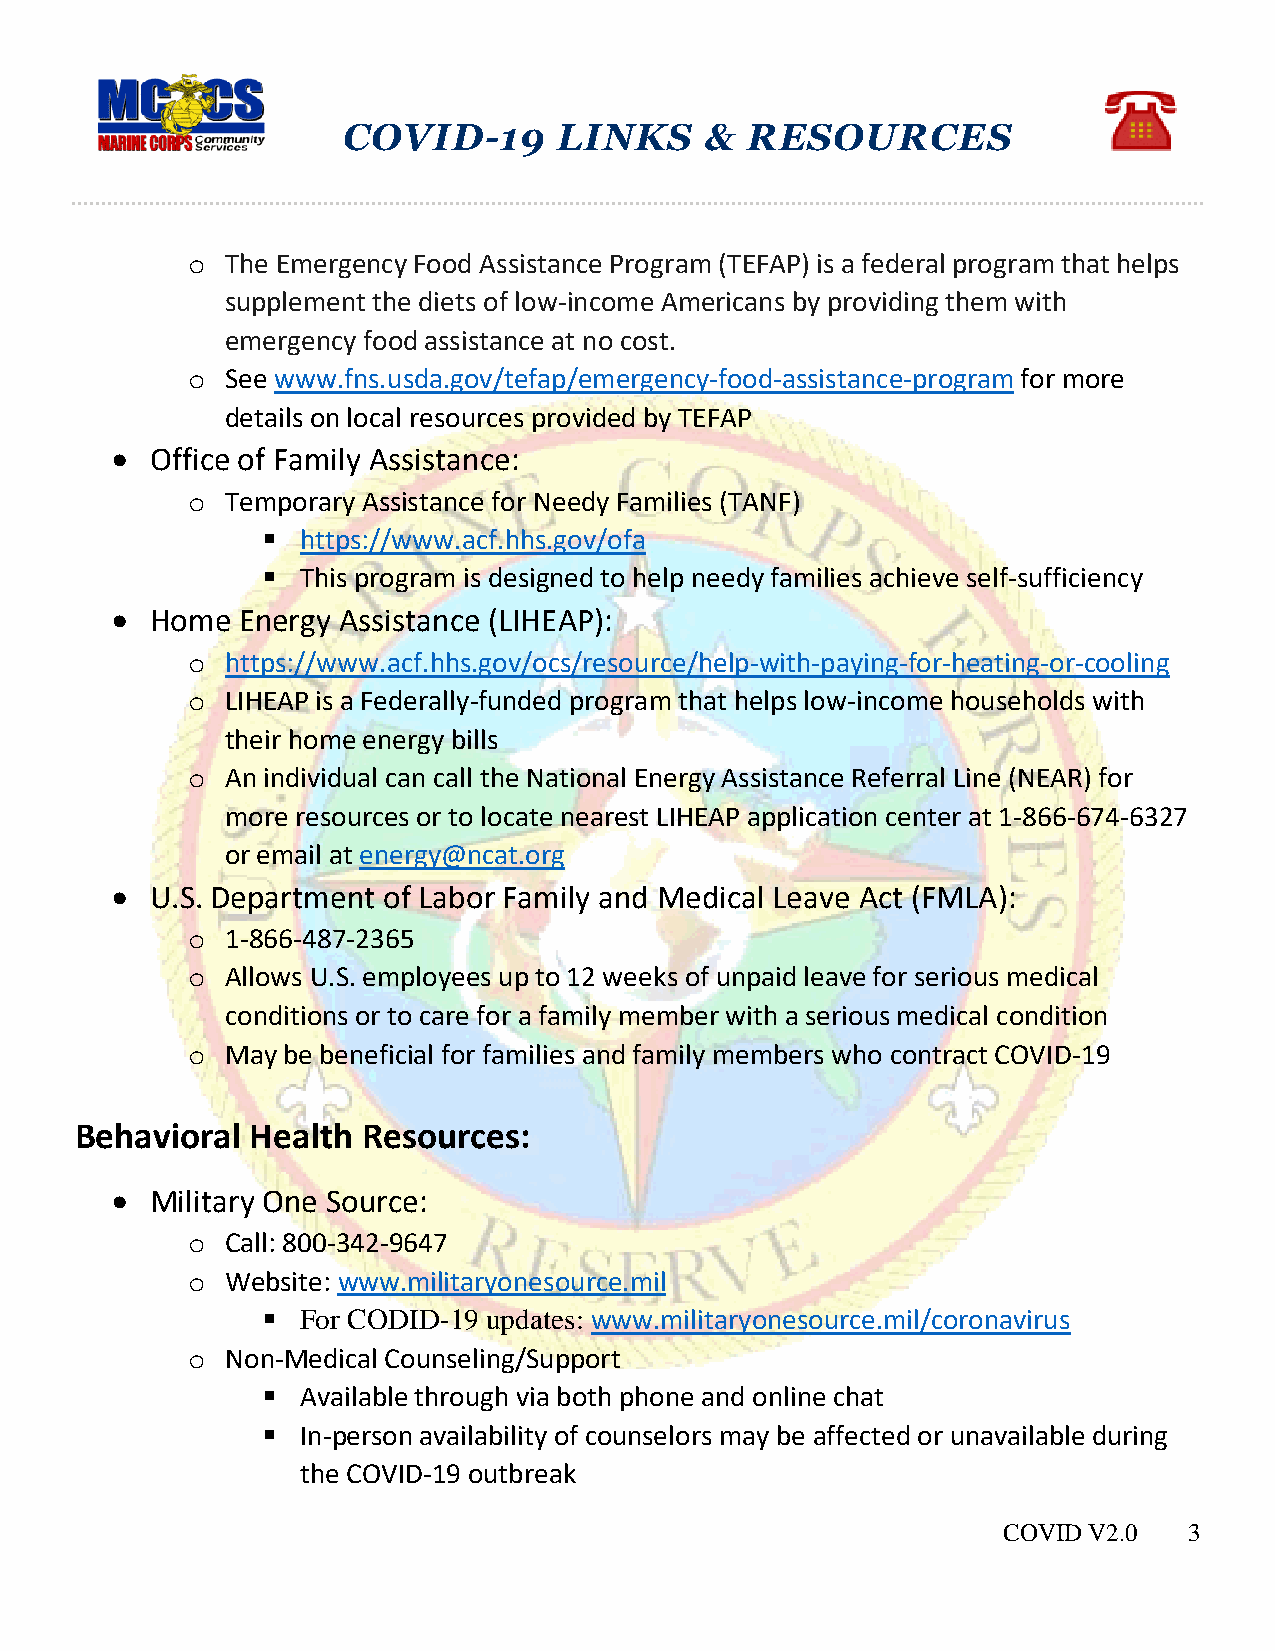
COVID-19      LINKS     & RESOURCES
 o  The Emergency Food Assistance Program (TEFAP) is a federal program that helps
 supplement the diets of low-income Americans by providing them with
 emergency food assistance at no cost.
 o  See www.fns.usda.gov/tefap/emergency-food-assistance-program for more
 details on local resources provided by TEFAP
   Office of Family Assistance:
 o  Temporary Assistance for Needy Families (TANF)
   https://www.acf.hhs.gov/ofa
   This program is designed to help needy families achieve self-sufficiency
   Home  Energy Assistance (LIHEAP):
 o  https://www.acf.hhs.gov/ocs/resource/help-with-paying-for-heating-or-cooling
 o  LIHEAP is a Federally-funded program that helps low-income households with
 their home energy bills
 o  An individual can call the National Energy Assistance Referral Line (NEAR) for
 more resources or to locate nearest LIHEAP application center at 1-866-674-6327
 or email at energy@ncat.org
   U.S. Department of Labor Family and Medical Leave Act (FMLA):
 o  1-866-487-2365
 o  Allows U.S. employees up to 12 weeks of unpaid leave for serious medical
 conditions or to care for a family member with a serious medical condition
 o  May be beneficial for families and family members who contract COVID-19
 Behavioral  Health Resources:
   Military One Source:
 o  Call: 800-342-9647
 o  Website: www.militaryonesource.mil
   For CODID-19 updates: www.militaryonesource.mil/coronavirus
 o  Non-Medical Counseling/Support
   Available through via both phone and online chat
   In-person availability of counselors may be affected or unavailable during
 the COVID-19 outbreak
 COVID V2.0   3